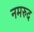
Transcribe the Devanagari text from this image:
नमरुद